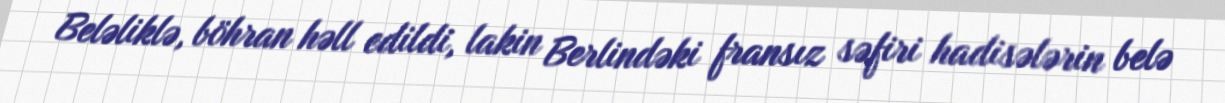
Beləliklə, böhran həll edildi, lakin Berlindəki fransız səfiri hadisələrin belə